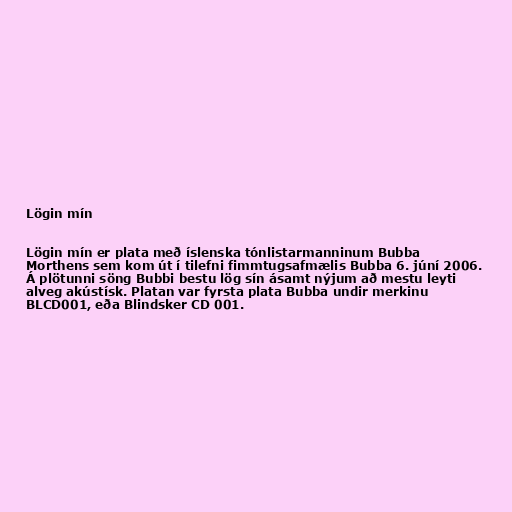
Lögin mín

Lögin mín er plata með íslenska tónlistarmanninum Bubba
Morthens sem kom út í tilefni fimmtugsafmælis Bubba 6. júní 2006.
Á plötunni söng Bubbi bestu lög sín ásamt nýjum að mestu leyti
alveg akústísk. Platan var fyrsta plata Bubba undir merkinu
BLCD001, eða Blindsker CD 001.